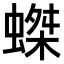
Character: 𧎩